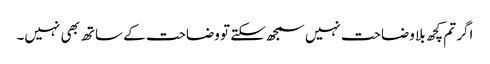
اگر تم کچھ بلا وضاحت نہیں سمجھ سکتے تو وضاحت کے ساتھ بھی نہیں۔